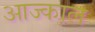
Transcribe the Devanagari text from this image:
आज्काल